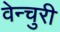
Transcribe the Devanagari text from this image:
वेन्चुरी